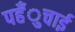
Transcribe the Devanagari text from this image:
पहँुचाई